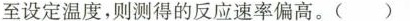
至设定温度，则测得的反应速率偏高。( )